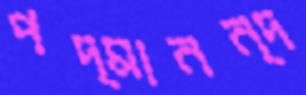
পদ্মানন্দ